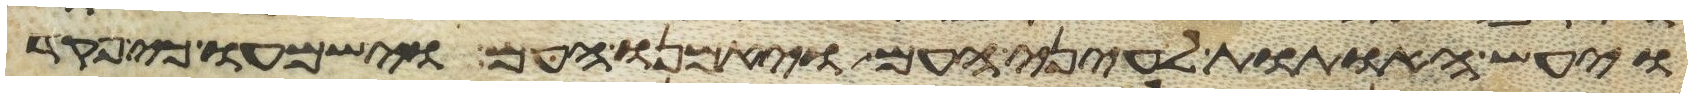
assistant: ויעש האתות לעיני העם ויאמנו העם וישמעו כי פקד